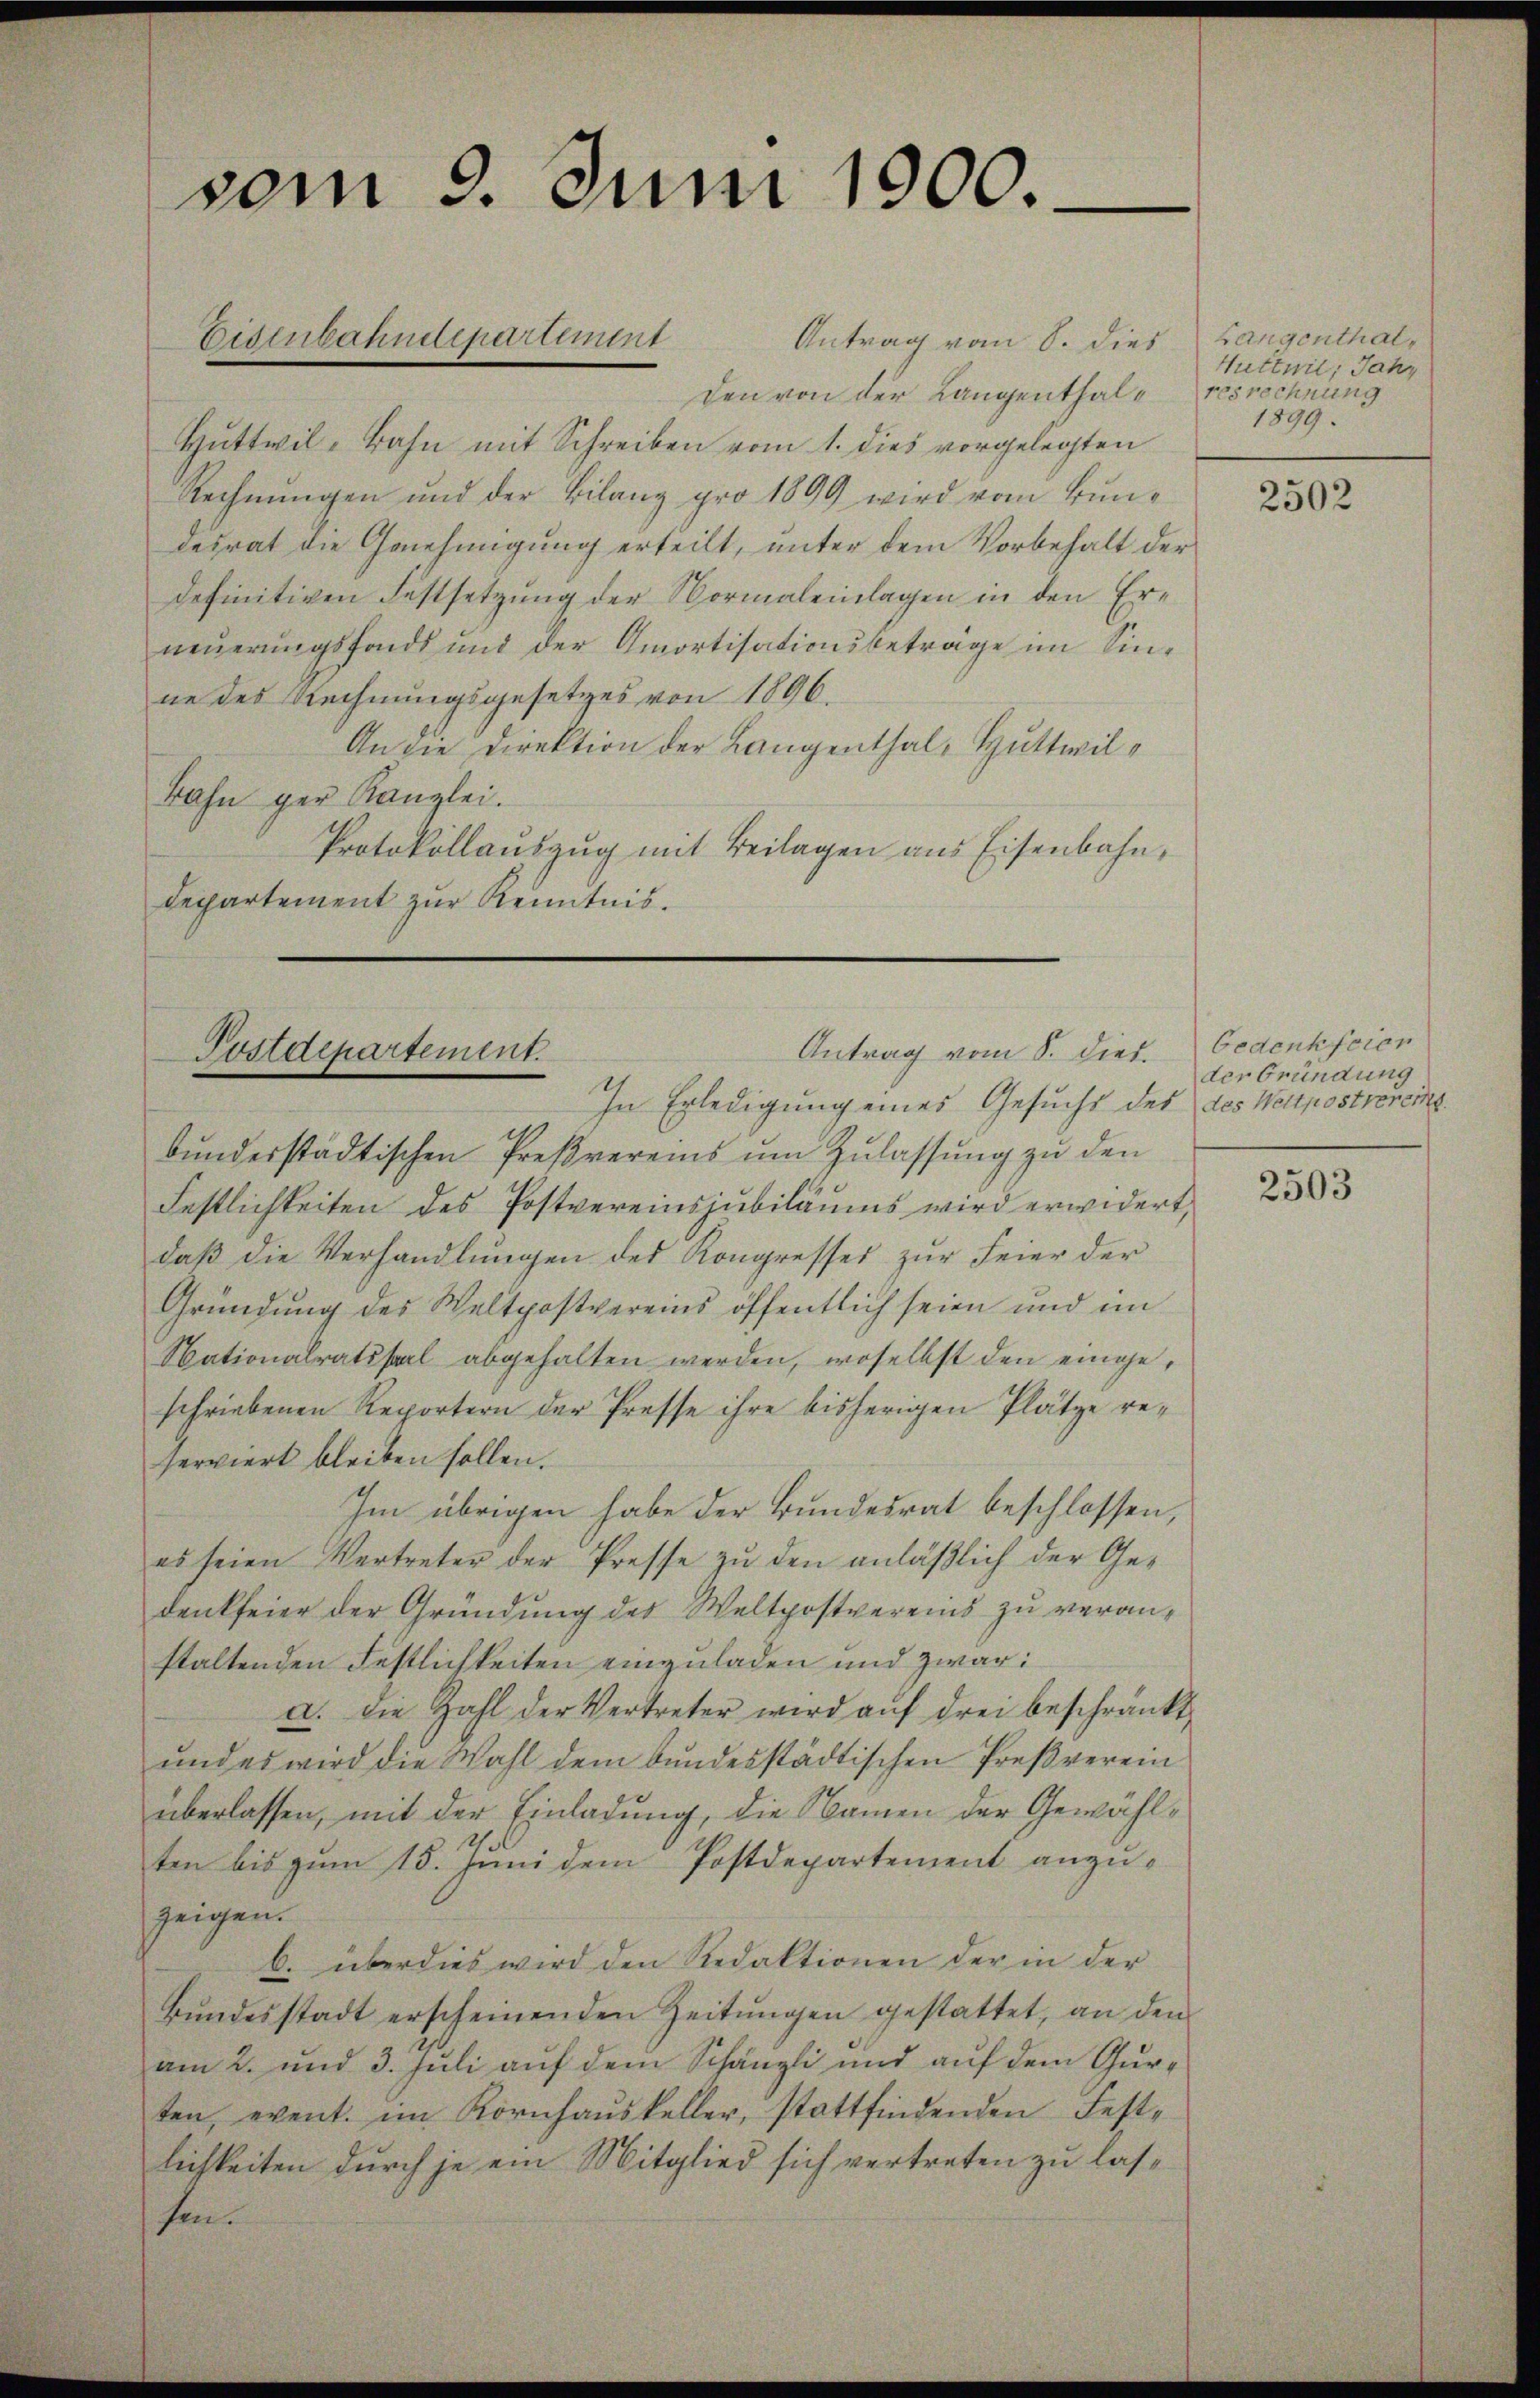
vom 9. Juni 1900.

Antrag vom 8. dies
den von der Langenthal¬
Huttwil-Bahn mit Schreiben vom 1. dies vorgelegten
Rechnungen und der Bilanz pro 1899 wird vom Bundesrat die Genehmigung erteilt, unter dem Vorbehalt der
definitiven Festsetzung der Normaleinlagen in den Erneuerungsfonds und der Amortisationsbeträge im Sinne des Rechnungsgesetzes von 1896.
An die Direktion der Langenthal, Huttwil¬
Bahn ger Kanzlei.
Protokollauszug mit Beilagen aus Eisenbahn,
departement zur Kenntnis.

Eisenbahndepartement

Antrag vom 8. Diet. Gedenkfeien
Postdepartement.

In Erledigung eines Gesuchs des des Weipostremerksbundesstädtischen Preßvereins um Zulassung zu den
Festlichkeiten des Postvereinsjubiläums wird erwidert,
daß die Verhandlungen des Kongresses zur Feier der
Gründung des Weltpostvereins öffentlich seien und im
Nationalratssaal abgehalten werden, woselbst den eingeschriebenen Reportern der Presse ihre bisherigen Plätze reserviert bleiben sollen.
Im übrigen habe der Bundesrat beschlossen,
es seien Vertreter der Presse zŭ den anläβlich der Ge-
denkfeier der Gründung des Weltpostvereins zu veranstaltenden Festlichkeiten einzuladen und zwar:
a. die Zahl der Vertreter wird aŭf drei beschränkt,
und es wird die Wahl dem bundesstädtischen Preßverein
überlassen, mit der Einladung, die Namen der Gewählten bis zum 15. Juni dem Postdepartement anzuzeigen.
b. überdies wird den Redaktionen der in der
Bŭndesstadt erscheinenden Zeitŭngen gestattet, an den
am 2. und 3. Juli auf dem Schänzli und auf dem Gurten, event. im Kornhaŭskeller, stattfindenden Fest-
lichkeiten durch je ein Mitglied sich vertreten zu lassen.

Langenthal,
Huttnil; Jahr
resrechnung
1899.

2502

der Gründung

2503